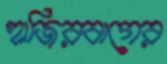
হাজিরবাগের